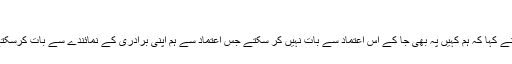
‘
انھوں نے کہا کہ ہم کہیں پہ بھی جا کے اُس اعتماد سے بات نہیں کر سکتے جس اعتماد سے ہم اپنی برادری کے نمائندے سے بات کرسکتے ہیں۔